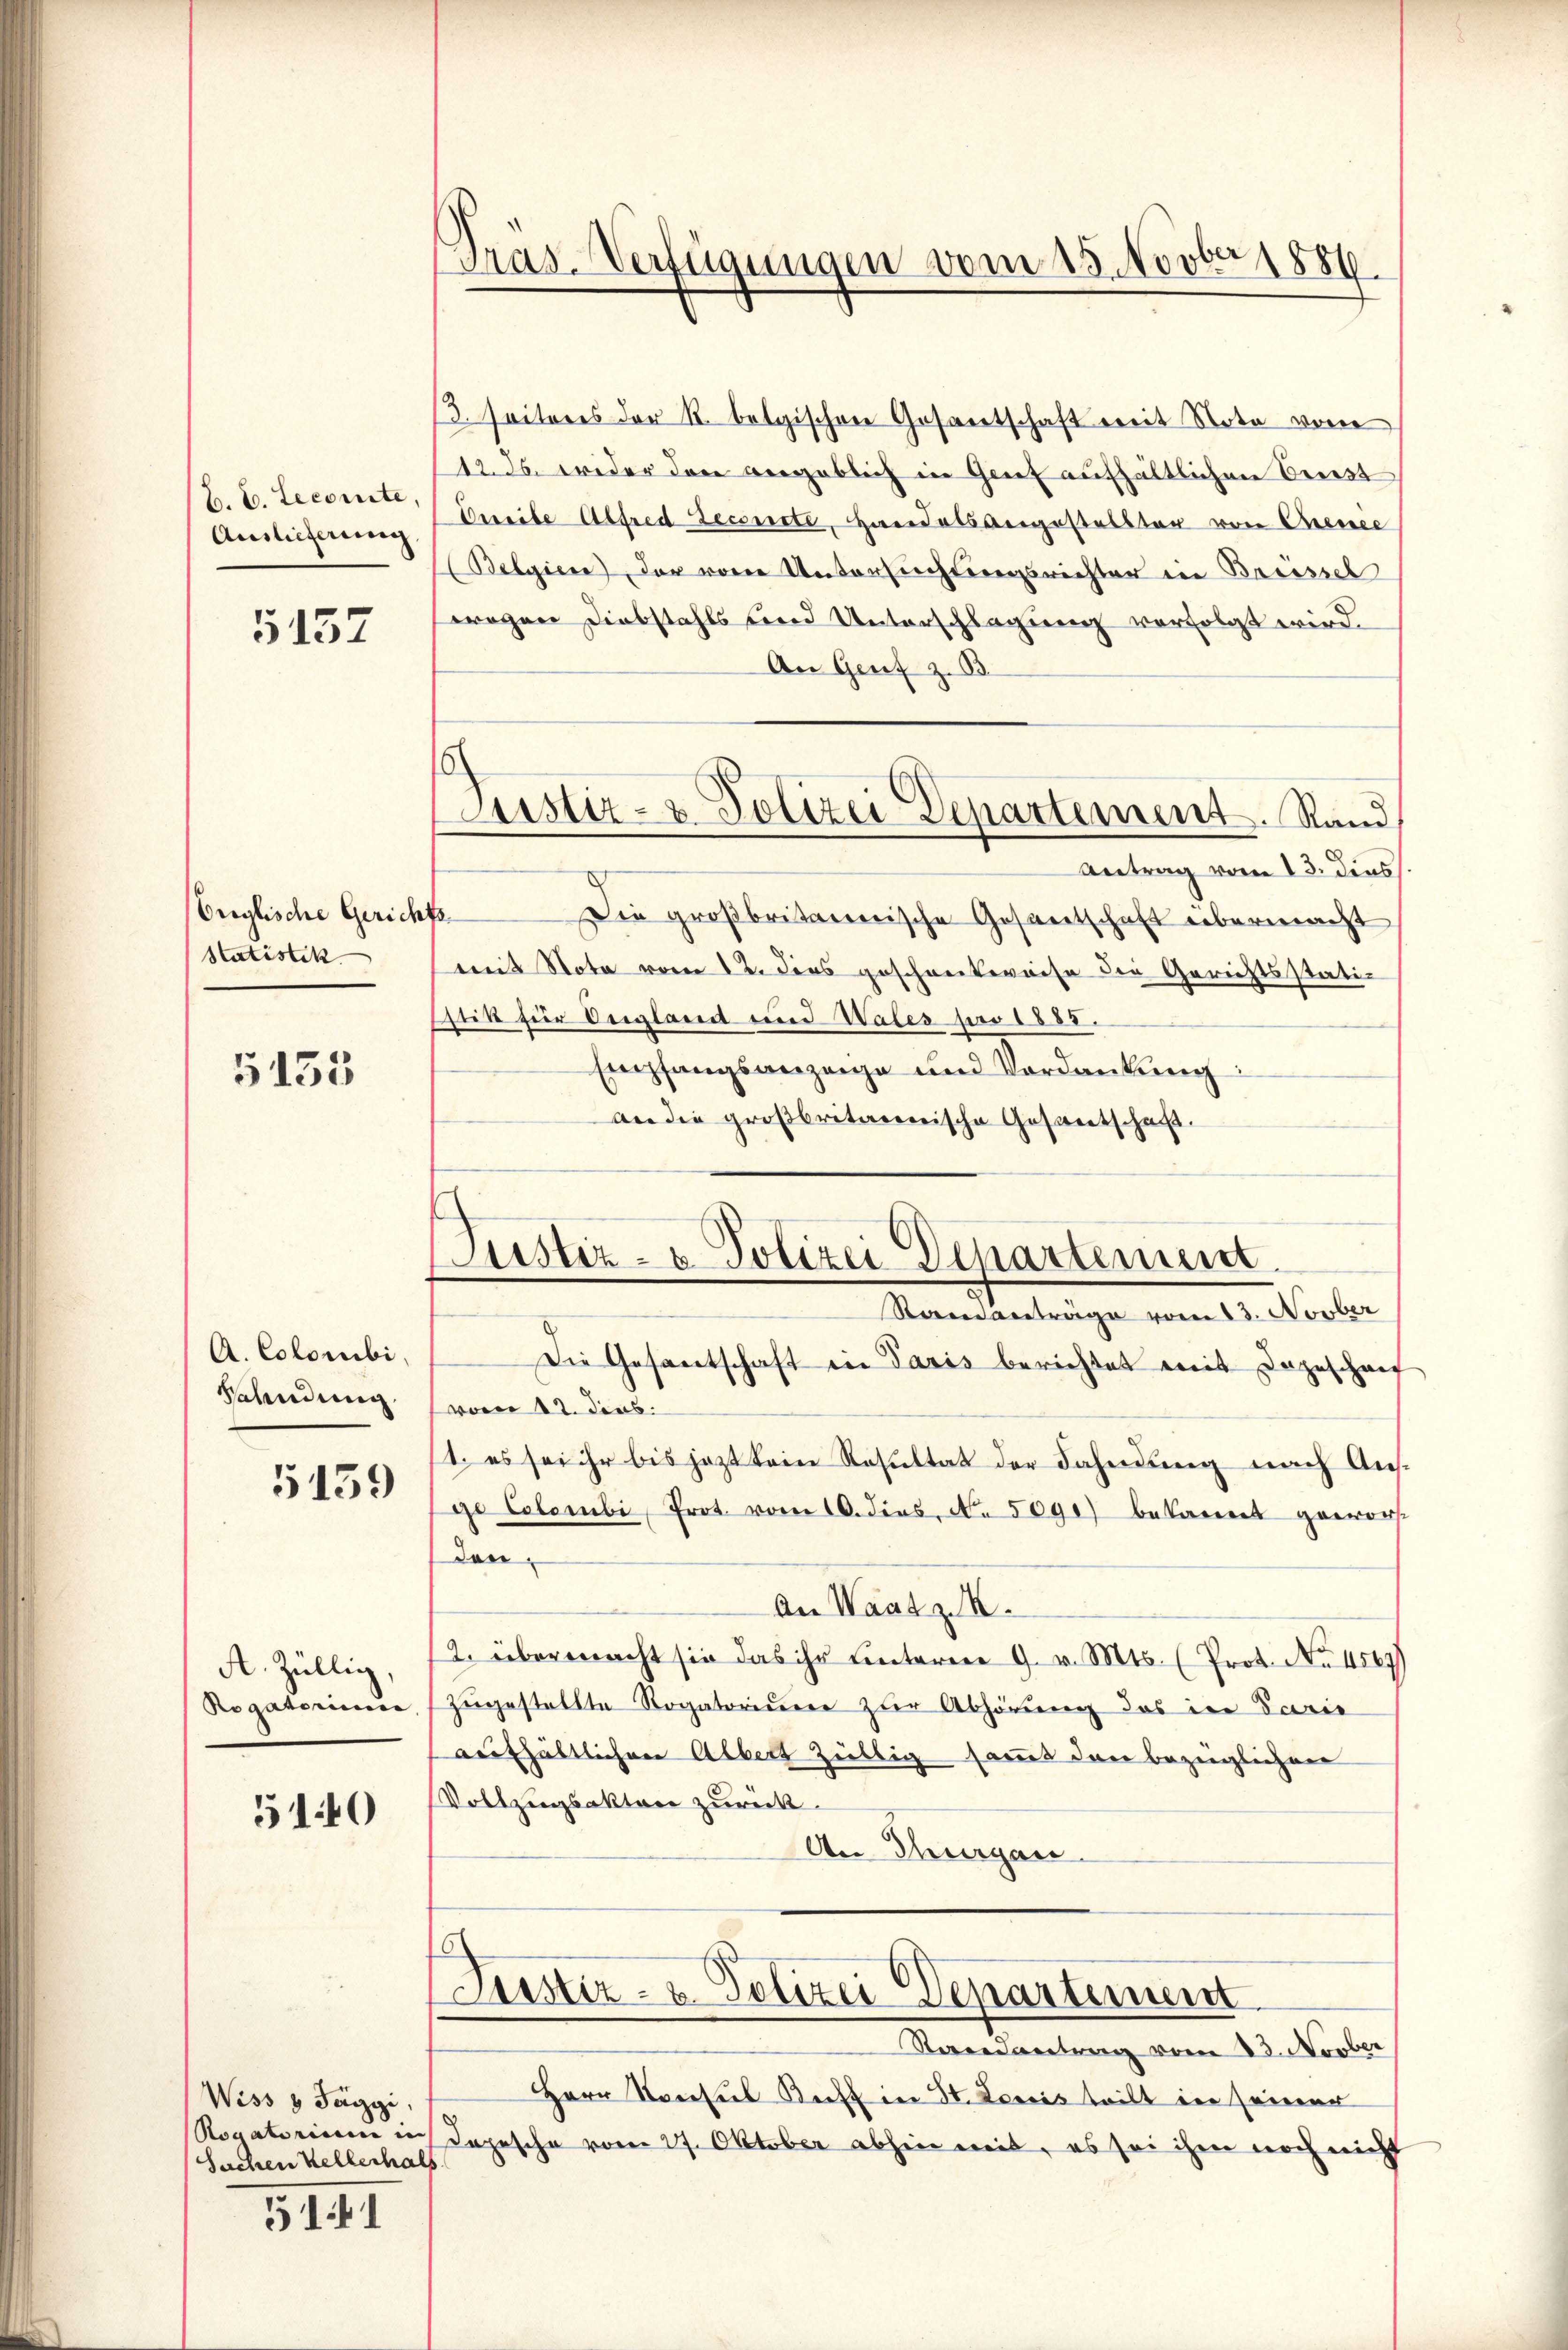
B. C. Lecomite
Auslieferung,

5157

Orglische Gerich
Statistik

5133

A. Colombi,
Valendung.

5159

A. Züllig,
Rogatorium

510

Wiss 8 Taggi,
Sachen Kellerhals

5141

Pras-Verfügungen vom 15. Novber 1886

ustiz- & Polizei Departement. Rand

13. Seiteres der R. belgischen Gesandtschaft mit Note von
12. ds. wider den angeblich in Genf aufhältlichen Ernst
Dereibe Alfred econste, Heridalsbergestellter von Crence
(Belgiere der von Untersuchtungsrichter in Breissel
wegen Diebstahls und Unterschlagung verfolgt wird.
An Genf z. B.
Antrag vom 13. dies
8.
Die großbritanische Gesantschaft übermacht
mit Nota vom 12. dies geschreitweise die Gerichtsstatir
stik für Vergland und Wales pro 1883.
Empfangsanzeige und Verdankung:
an die großbritairische Gesantschaft.

(Justiz- & Polizei Departemen.
Raverträge vom 13. Novber

Die Gesantschaft in Paris berichtet mit dageschaf
vom 12. dens.
1. es sei ihr bis jezt kein Resultat der Fahndung nach Ausge Colombi, Prot. vom 10. dies. No. 5090) bekannt gewor
den
An Waatz. M.
2. übermacht sie das ihr unterere 9. v. Mts. (Prot. No. 1867)
zugestellte Rogatorium zur Abhörung das in Paris
aufhältlichen Albert Züllig sammt dann bezüglichen
Vollzugsakten zurück.
An Thurgau

Zustiz- & Polizei Departement

Randantrag vom 23. Novber
Herr Konsul Keff in St. Louis teilt in seiner
Rovatorium in Depesche vom 27. Oktober abhin weit, es sei ihm noch nicht